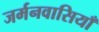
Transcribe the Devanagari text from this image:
जर्मनवासियाँ